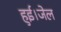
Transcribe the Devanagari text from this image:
हुई।जेल